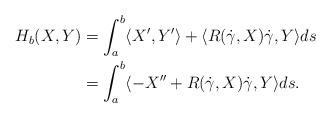
LaTeX: \begin{align*} H_b(X,Y) & = \int_a^b \langle X', Y' \rangle + \langle R(\dot{\gamma}, X)\dot{\gamma}, Y \rangle ds \\ & = \int_a^b \langle - X'' + R(\dot{\gamma}, X)\dot{\gamma}, Y\rangle ds.\end{align*}